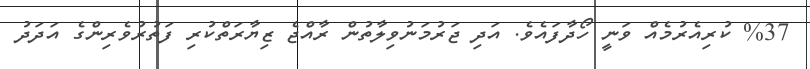
%37 ކުރިއެރުމެއް ވަނީ ހޯދާފައެވެ. އަދި ޖަރުމަނުވިލާތުން ރާއްޖެ ޒިޔާރަތްކުރި ފަތުރުވެރިންގެ އަދަދު